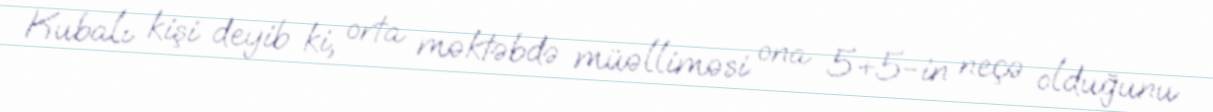
Kubalı kişi deyib ki, orta məktəbdə müəlliməsi ona 5+5-in neçə olduğunu